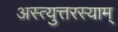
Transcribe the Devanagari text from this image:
अस्त्युत्तरस्याम्